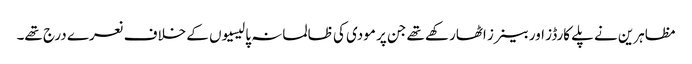
مظاہرین نے پلے کارڈز اور بینرز اٹھارکھے تھے جن پر مودی کی ظالمانہ پالیسیوں کے خلاف نعرے درج تھے۔